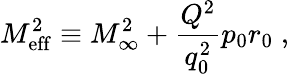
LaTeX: M_{\mathrm{eff}}^{2}\equiv M_{\infty}^{2}+{\frac{Q^{2}}{q_{0}^{2}}}p_{0}r_{0}\; ,